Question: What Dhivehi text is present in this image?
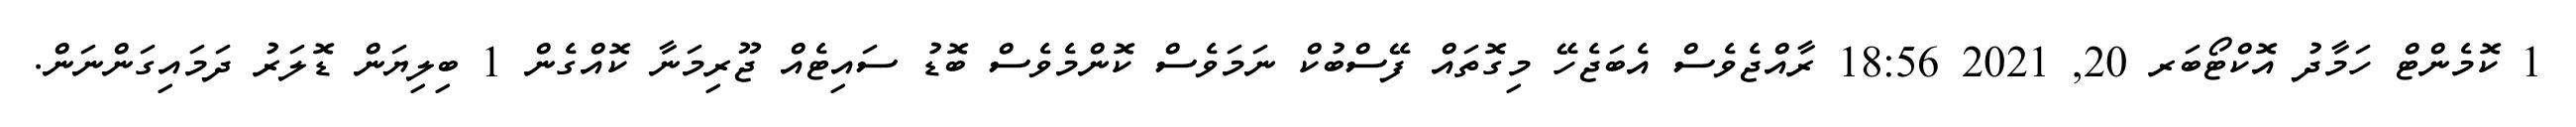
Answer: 1 ކޮމެންޓް ހަމާދު އޮކްޓޯބަރ 20, 2021 18:56 ރާއްޖެވެސް އެބަޖެހޭ މިގޮތައް ފޭސްބުކް ނަމަވެސް ކޮންމެވެސް ބޮޑު ސައިޓެއް ޖޫރިމަނާ ކޮއްގެން 1 ބިލިޔަން ޑޮލަރު ދަމައިގަންނަން.